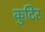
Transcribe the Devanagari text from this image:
कुटिर